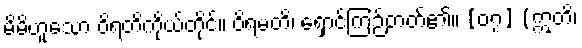
မိမိဟူသော ဝိရတိကိုယ်တိုင်။ ဝိရမတိ၊ ရှောင်ကြဉ်တတ်၏။ [၀၇] (ဣတိ၊